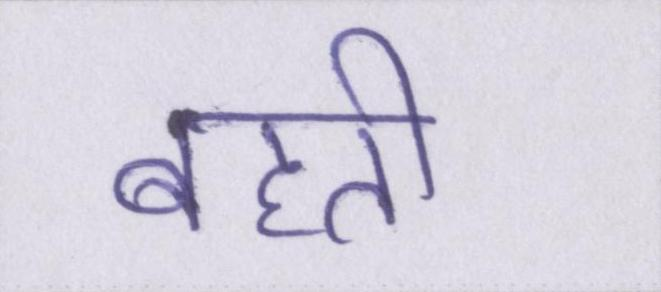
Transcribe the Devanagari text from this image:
बहती